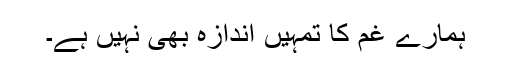
ہمارے غم کا تمہیں اندازہ بھی نہیں ہے۔